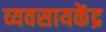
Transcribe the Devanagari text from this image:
व्यवसायकेंद्र